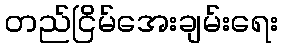
တည်ငြိမ်အေးချမ်းရေး